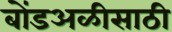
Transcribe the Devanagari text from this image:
बोंडअळीसाठी